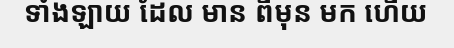
ទាំងឡាយ ដែល មាន ពីមុន មក ហើយ